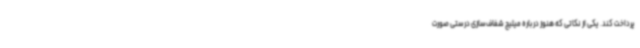
پرداخت کند. یکی از نکاتی که هنوز درباره میلیچ شفاف‌سازی درستی صورت